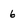
Character: 6